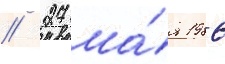
// 27 ма́я 1986